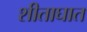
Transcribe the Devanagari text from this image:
शीताघात